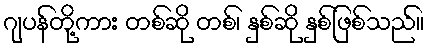
ဂျပန်တို့ကား တစ်ဆို တစ်၊ နှစ်ဆို နှစ်ဖြစ်သည်။